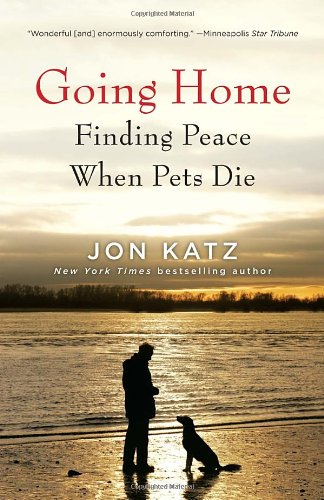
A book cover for Going Home: Finding Peace When Pets Die; Jon Katz; Crafts, Hobbies & Home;